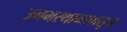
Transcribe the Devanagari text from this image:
उगमस्थानापासून